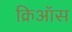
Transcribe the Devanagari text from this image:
क्रिऑस